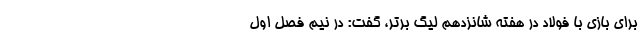
برای بازی با فولاد در هفته شانزدهم لیگ برتر، گفت: در نیم فصل اول